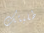
طلبتك